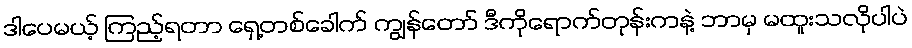
ဒါပေမယ့် ကြည့်ရတာ ရှေ့တစ်ခေါက် ကျွန်တော် ဒီကိုရောက်တုန်းကနဲ့ ဘာမှ မထူးသလိုပါပဲ